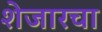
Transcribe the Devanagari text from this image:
शेजारचा